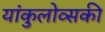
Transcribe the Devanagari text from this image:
यांकुलोव्सकी